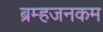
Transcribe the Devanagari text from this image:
ब्रम्हजनकम